Annual report of the Punjab Veterinary College and of the Civil Veterinary Department, Punjab - 1909-1919
Year: 1909
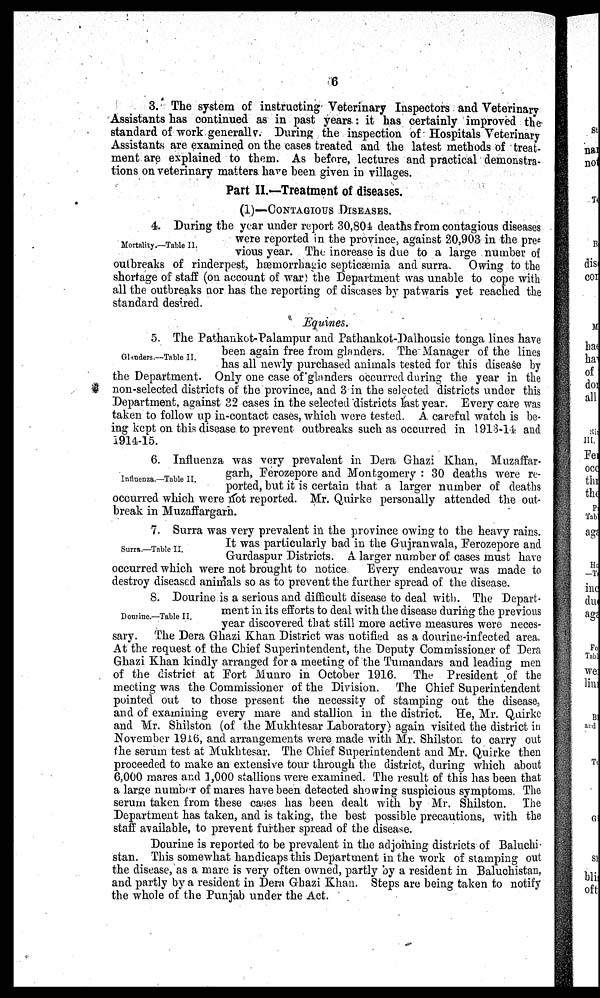
6
3. The system of instructing Veterinary Inspectors and Veterinary
Assistants has continued as in past years : it has certainly improved the
standard of work generally. During the inspection of Hospitals Veterinary
Assistants are examined on the cases treated and the latest methods of treat-
ment are explained to them. As before, lectures and practical demonstra-
tions on veterinary matters have been given in villages.
Part II.—Treatment of diseases.
(1)—CONTAGIOUS DISEASES.
Mortality.—Table II.
4. During the year under report 30,804 deaths from contagious diseases
were reported in the province, against 20,903 in the pre-
vious year. The increase is due to a large number of
outbreaks of rinderpest, hæmorrhagic septicæmia and surra. Owing to the
shortage of staff (on account of war) the Department was unable to cope with
all the outbreaks nor has the reporting of diseases by patwaris yet reached the
standard desired.
Equines.
Glanders.—Table II.
5. The Pathankot-Palampur and Pathankot-Dalhousie tonga lines have
been again free from glanders. The Manager of the lines
has all newly purchased animals tested for this disease by
the Department. Only one case of glanders occurred during the year in the
non-selected districts of the province, and 3 in the selected districts under this
Department, against 32 cases in the selected districts last year. Every care was
taken to follow up in-contact cases, which were tested. A careful watch is be-
ing kept on this disease to prevent outbreaks such as occurred in 1913-14 and
1914-15.
Influenza.—Table II.
6. Influenza was very prevalent in Dera Ghazi Khan, Muzaffar-
garh, Ferozepore and Montgomery : 30 deaths were re-
ported, but it is certain that a larger number of deaths
occurred which were not reported. Mr. Quirke personally attended the out-
break in Muzaffargarn.
Surra.—Table II.
7. Surra was very prevalent in the province owing to the heavy rains.
It was particularly bad in the Gujranwala, Ferozepore and
Gurdaspur Districts. A larger number of cases must have
occurred which were not brought to notice
Every endeavour was made to
destroy diseased animals so as to prevent the further spread of the disease.
Douline.—Table II.
8. Dourine is a serious and difficult disease to deal with. The Depart-
ment in its efforts to deal with the disease during the previous
year discovered that still more active measures were neces-
sary. The Dera Ghazi Khan District was notified as a dourine-infected area.
At the request of the Chief Superintendent, the Deputy Commissioner of Dera
Ghazi Khan kindly arranged for a meeting of the Tumandars and leading men
of the district at Fort Munro in October 1916. The President of the
meeting was the Commissioner of the Division. The Chief Superintendent
pointed out to those present the necessity of stamping out the disease,
and of examining every mare and stallion in the district. He, Mr. Quirke
and Mr. Shilston (of the Mukhtesar Laboratory) again visited the district in
November 1916, and arrangements were made with Mr. Shilston to carry out
the serum test at Mukhtesar. The Chief Superintendent and Mr. Quirke then
proceeded to make an extensive tour through the district, during which about
6,000 mares and 1,000 stallions were examined. The result of this has been that
a large number of mares have been detected showing suspicious symptoms. The
serum taken from these cases has been dealt with by Mr. Shilston. The
Department has taken, and is taking, the best possible precautions, with the
staff available, to prevent further spread of the disease.
Dourine is reported to be prevalent in the adjoining districts of Baluchi
stan. This somewhat handicaps this Department in the work of stamping out
the disease, as a mare is very often owned, partly by a resident in Baluchistan,
and partly by a resident in Dera Ghazi Khan. Steps are being taken to notify
the whole of the Punjab under the Act.